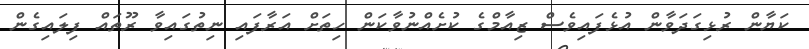
ކަޔާން ރުޅިގަދަވާން އުޅެފައިވެސް ޒިއާމްގެ ކުށެއްނުވާކަން ހިތަށް އަރާފައި ނިތުގައިވާ ރޫތައް ފިލައިގެން